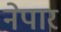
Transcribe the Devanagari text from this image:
नेपार